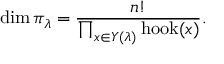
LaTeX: \dim \pi _ { \lambda } = { \frac { n ! } { \prod _ { x \in Y ( \lambda ) } \operatorname { h o o k } ( x ) } } .